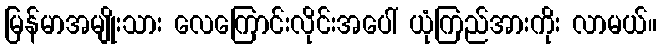
မြန်မာအမျိုးသား လေကြောင်းလိုင်းအပေါ် ယုံကြည်အားကိုး လာမယ်။